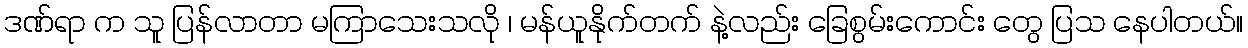
ဒဏ်ရာ က သူ ပြန်လာတာ မကြာသေးသလို ၊ မန်ယူနိုက်တက် နဲ့လည်း ခြေစွမ်းကောင်း တွေ ပြသ နေပါတယ်။